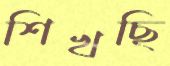
শিখছি